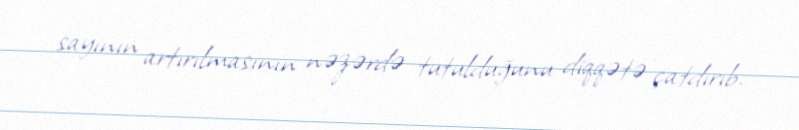
sayının artırılmasının nəzərdə tutulduğunu diqqətə çatdırıb.